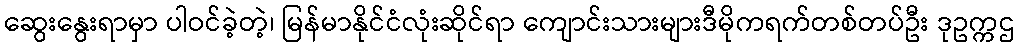
ဆွေးနွေးရာမှာ ပါဝင်ခဲ့တဲ့၊ မြန်မာနိုင်ငံလုံးဆိုင်ရာ ကျောင်းသားများဒီမိုကရက်တစ်တပ်ဦး ဒုဥက္ကဌ